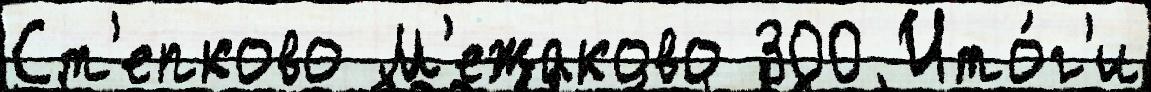
Ст'епково М'ежаково 300 Ито́г'и